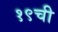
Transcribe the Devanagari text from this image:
१९ची